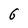
Character: 6